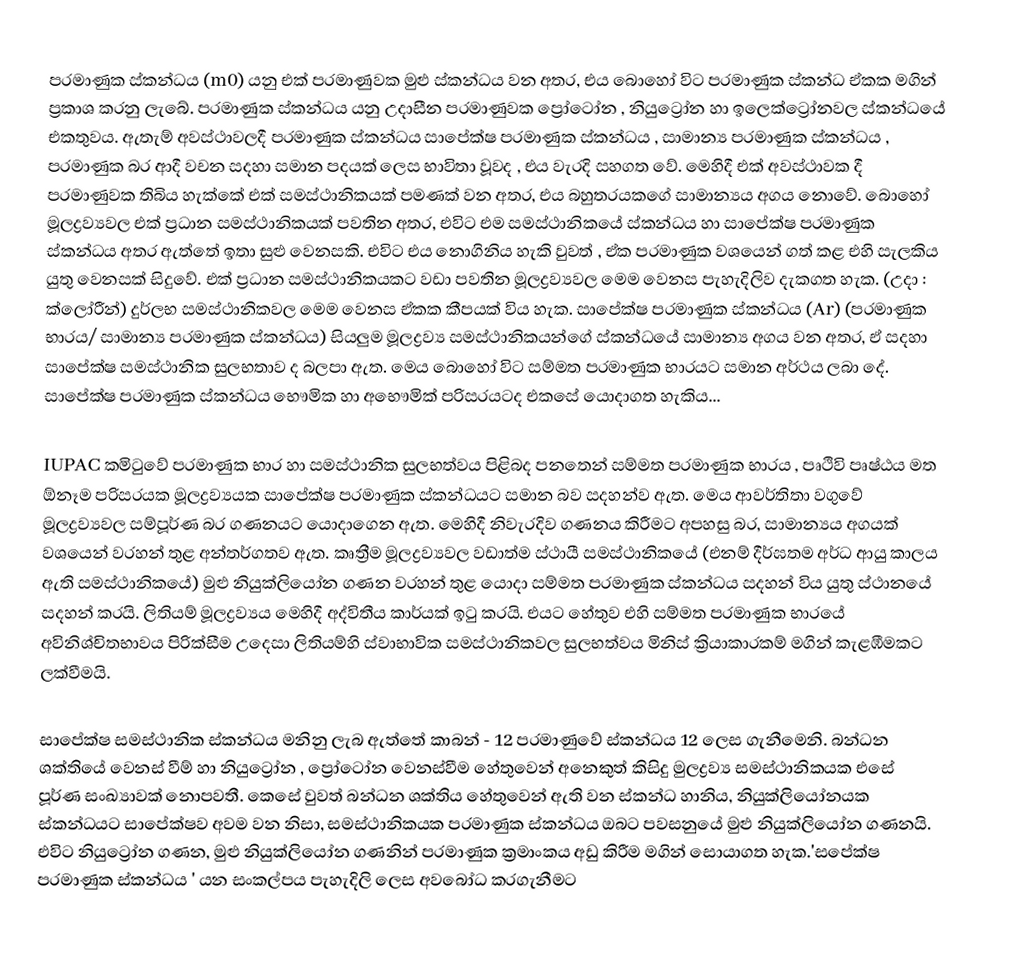
පරමාණුක ස්කන්ධය (m0) යනු එක් පරමාණුවක මුළු ස්කන්ධය වන අතර, එය බොහෝ විට පරමාණුක ස්කන්ධ ඒකක මගින් ප්‍රකාශ කරනු ලැබේ. පරමාණුක ස්කන්ධය යනු උදාසීන පරමාණුවක ප්‍රෝටෝන , නියුට්‍රෝන හා ඉලෙක්ට්‍රෝනවල ස්කන්ධයේ එකතුවය. ඇතැම් අවස්ථාවලදී පරමාණුක ස්කන්ධය සාපේක්ෂ  පරමාණුක ස්කන්ධය , සාමාන්‍ය පරමාණුක ස්කන්ධය , පරමාණුක බර ආදී  වචන සදහා සමාන පදයක් ලෙස භාවිතා වූවද , එය වැරදි සහගත වේ. මෙහිදී එක් අවස්ථාවක දී පරමාණුවක තිබිය හැක්කේ එක් සමස්ථානිකයක් පමණක් වන අතර, එය බහුතරයකගේ සාමාන්‍යය අගය නොවේ. බොහෝ මූලද්‍රව්‍යවල එක් ප්‍රධාන සමස්ථානිකයක් පවතින අතර, එවිට එම සමස්ථානිකයේ ස්කන්ධය හා සාපේක්ෂ පරමාණුක ස්කන්ධය අතර ඇත්තේ ඉතා සුළු වෙනසකි. එවිට එය නොගිනිය හැකි වුවත් , ඒක පරමාණුක වශයෙන් ගත් කළ එහි සැලකිය යුතු වෙනසක් සිදුවේ. එක් ප්‍රධාන සමස්ථානිකයකට වඩා පවතින මූලද්‍රව්‍යවල මෙම වෙනස පැහැදිලිව දැකගත හැක. (උදා : ක්ලෝරීන්) දුර්ලභ සමස්ථානිකවල මෙම වෙනස ඒකක කීපයක් විය හැක. සාපේක්ෂ පරමාණුක ස්කන්ධය (Ar) (පරමාණුක භාරය/ සාමාන්‍ය පරමාණුක ස්කන්ධය) සියලුම මූලද්‍රව්‍ය සමස්ථානිකයන්ගේ ස්කන්ධයේ සාමාන්‍ය අගය වන අතර, ඒ සදහා සාපේක්ෂ සමස්ථානික සුලභතාව ද බලපා ඇත. මෙය බොහෝ විට සම්මත පරමාණුක භාරයට සමාන අර්ථය ලබා දේ. සාපේක්ෂ පරමාණුක ස්කන්ධය භෞමික හා අභෞමික් පරිසරයටද එකසේ යොදාගත හැකිය...

IUPAC කමිටුවේ පරමාණුක භාර හා සමස්ථානික සුලභත්වය පිළිබද පනතෙන්  සම්මත පරමාණුක භාරය , පෘථිවි පෘෂ්ඨය මත ඕනෑම පරිසරයක මූලද්‍රව්‍යයක සාපේක්ෂ පරමාණුක ස්කන්ධයට සමාන බව සදහන්ව ඇත. මෙය ආවර්තිතා වගුවේ මූලද්‍රව්‍යවල සම්පූර්ණ බර ගණනයට යොදාගෙන ඇත. මෙහිදී නිවැරදිව ගණනය කිරීමට අපහසු බර, සාමාන්‍යය අගයක් වශයෙන් වරහන් තුළ අන්තර්ගතව ඇත. කෘත්‍රීම මූලද්‍රව්‍යවල වඩාත්ම ස්ථායී සමස්ථානිකයේ (එනම් දීර්ඝතම අර්ධ ආයු කාලය ඇති සමස්ථානිකයේ) මුළු නියුක්ලියෝන ගණන වරහන් තුළ යොදා සම්මත පරමාණුක ස්කන්ධය සදහන් විය යුතු ස්ථානයේ සදහන් කරයි. ලිතියම් මූලද්‍රව්‍ය‍ය මෙහිදී අද්විතීය කාර්යක් ඉටු කරයි. එයට හේතුව එහි සම්මත පරමාණුක භාරයේ අවිනිශ්චිතභාවය පිරික්සීම උදෙසා ලිතියම්හි ස්වාභාවික සමස්ථානිකවල සුලභත්වය මිනිස් ක්‍රියාකාරකම් මගින් කැළඹීමකට ලක්වීමයි.

සාපේක්ෂ සමස්ථානික ස්කන්ධය මනිනු ලැබ ඇත්තේ කාබන් - 12 පරමාණුවේ ස්කන්ධය 12 ලෙස ගැනීමෙනි. බන්ධන ශක්තියේ වෙනස් වීම් හා නියුට්‍රෝන , ප්‍රෝටෝන වෙනස්වීම හේතුවෙන් අනෙකුත් කිසිදු මුලද්‍රව්‍ය සමස්ථානිකයක එසේ පූර්ණ සංඛ්‍යාවක් ‍නොපවතී. කෙසේ වුවත් බන්ධන ශක්තිය හේතුවෙන් ඇති වන ස්කන්ධ හානිය, නියුක්ලියෝනයක ස්කන්ධයට සාපේක්ෂව අවම වන නිසා, සමස්ථානිකයක පරමාණුක ස්කන්ධය ඔබට පවසනුයේ මුළු නියුක්ලියෝන ගණනයි. එවිට නියුට්‍රෝන ගණන, මුළු නියුක්ලියෝන ගණනින් පරමාණුක ක්‍රමාංකය අඩු කිරීම මගින් සොයාගත හැක.'සපේක්ෂ පරමාණුක ස්කන්ධය ' යන සංකල්පය පැහැදිලි ලෙස අවබෝධ කරගැනීමට